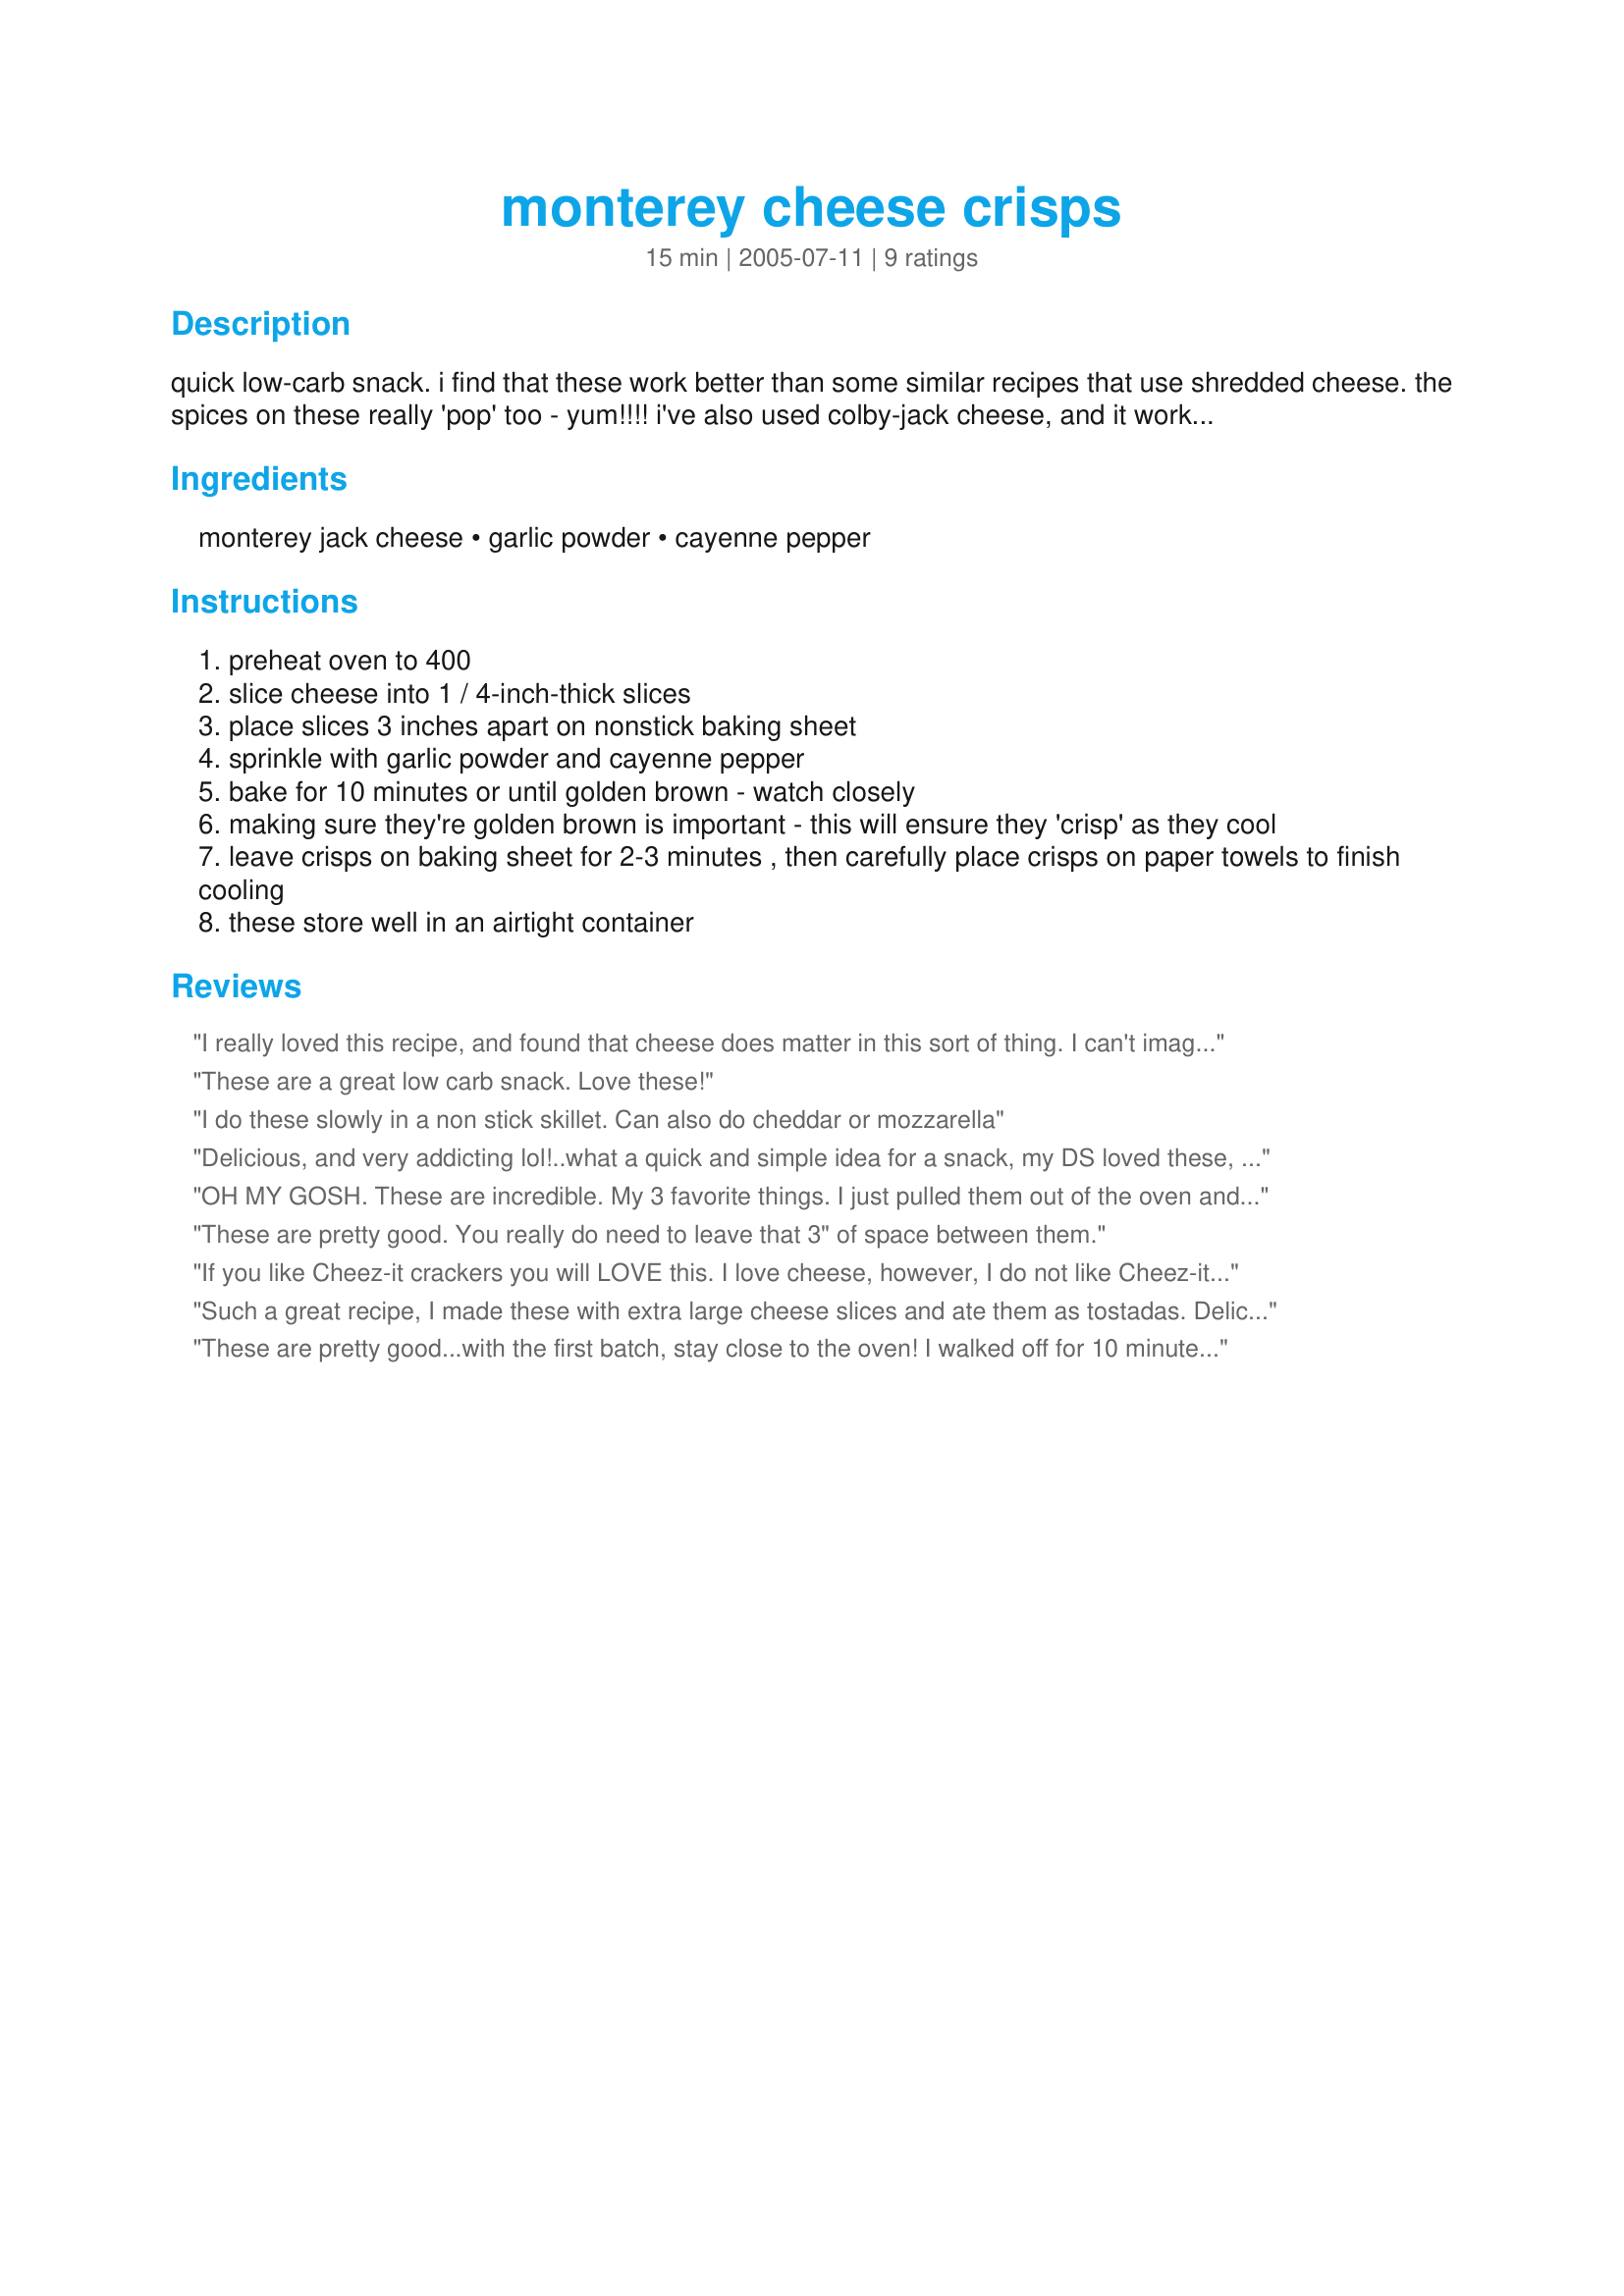
monterey cheese crisps
Preparation time: 15 minutes

quick low-carb snack. i find that these work better than some similar recipes that use shredded cheese. the spices on these really 'pop' too - yum!!!! i've also used colby-jack cheese, and it works great.

Ingredients:
monterey jack cheese, garlic powder, cayenne pepper

Steps:
preheat oven to 400
slice cheese into 1 / 4-inch-thick slices
place slices 3 inches apart on nonstick baking sheet
sprinkle with garlic powder and cayenne pepper
bake for 10 minutes or until golden brown - watch closely
making sure they're golden brown is important - this will ensure they 'crisp' as they cool
leave crisps on baking sheet for 2-3 minutes , then carefully place crisps on paper towels to finish cooling
these store well in an airtight container

Reviews:
I really loved this recipe, and found that cheese does matter in this sort of thing. I can't imagine trying anything else besides Monterey Jack cheese for such a recipe. I also had trouble cutting them in 1/4 inches, so they came out a little thicker, which didn't bother me at all.
These are a great low carb snack. Love these!
I do these slowly in a non stick skillet. Can also do cheddar or mozzarella
Delicious, and very addicting lol!..what a quick and simple idea for a snack, my DS loved these, he is a cheese addict! I look forward to making them again soon, thanx NPG, great recipe!...Kittencal:)
OH MY GOSH. These are incredible. My 3 favorite things. I just pulled them out of the oven and have already had 3. I only made one sheet of them, so I turned the oven back on to make more. As a diabetic, these are my new potato chips. Thank you, thank you, thank you.
These are pretty good. You really do need to leave that 3" of space between them.
If you like Cheez-it crackers you will LOVE this. I love cheese, however, I do not like Cheez-it crackers at all, so it did not go over so well. But if you are searching for a replacement for Cheez-it crackers this is an almost EXACT replica of the flavor (especially if you use really quality sharp cheddar). So low-carb dieters rejoice, there is a cracker replacement!
Such a great recipe, I made these with extra large cheese slices and ate them as tostadas. Delicious. Thanks so much!
These are pretty good...with the first batch, stay close to the oven! I walked off for 10 minutes and ended up throwing them out because they were incinerated, a test batch at first is good. Also, a fish spatula is handy for unsticking them from no stick baking sheets :)
